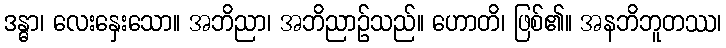
ဒန္ဓာ၊ လေးနှေးသော။ အဘိညာ၊ အဘိညာဉ်သည်။ ဟောတိ၊ ဖြစ်၏။ အနဘိဘူတဿ၊